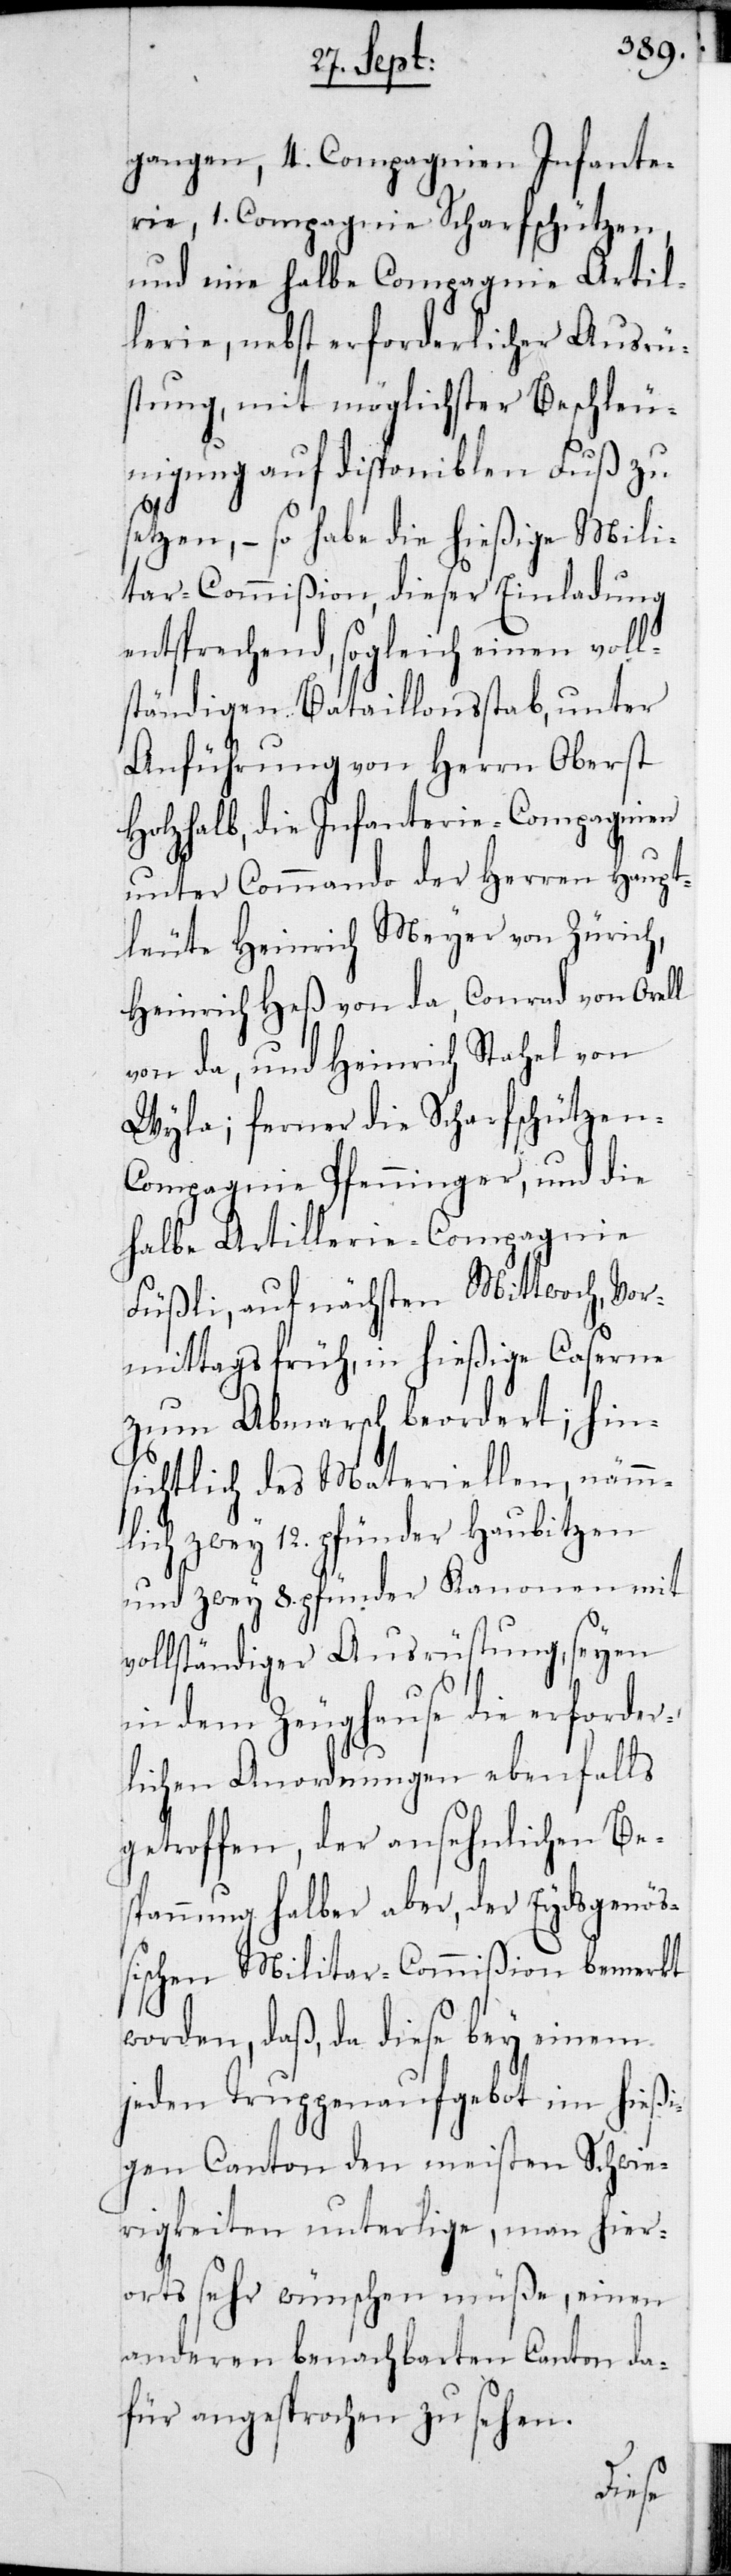
gangen, 4. Compagnien Infante¬
rie, 1. Compagnie Scharfschützen,
und eine halbe Compagnie Artil¬
lerie, nebst erforderlicher Ausrü¬
stung, mit möglichster Beschleun¬
igung auf disponiblen Fuß zu
setzen, – so habe die hießige Mili¬
tar-Commißion, dieser Einladung
entsprechend, sogleich einen voll¬
ständigen Bataillonsstab unter
Anführung von Herrn Oberst
Holzhalb, die Infanterie-Compagnien
unter Commando der Herren Haupt¬
leute Heinrich Meyer von Zürich,
Heinrich Heß von da, Conrad von Orell
von da, und Heinrich Stahel von
Wyla; ferner die Scharfschützen-C¬
ompagnie Pfenninger, und die
halbe Artillerie-Compagnie
Füßli, auf nächsten Mittwoch, Vor¬
mittags früh, in hießige Caserne
zum Abmarsch beordert; hin¬
sichtlich des Materiellen, nämm¬
lich zwey 12. pfünder Haubitzen
und zwey 8. pfünder Kanonen mit
vollständiger Ausrüstung, seyen
in dem Zeughause die erforder¬
lichen Anordnungen ebenfalls
getroffen, der ansehnlichen Be¬
spannung halber aber, der Eydsgenöß¬
ischen Militar-Commißion bemerkt
worden, daß, da diese bey einem
jeden Truppenaufgebot im hießi¬
gen Canton den meisten Schwie¬
rigkeiten unterlige, man hier¬
orts sehr wünschen müße, einen
anderen benachbarten Canton da¬
für angesprochen zu sehen.